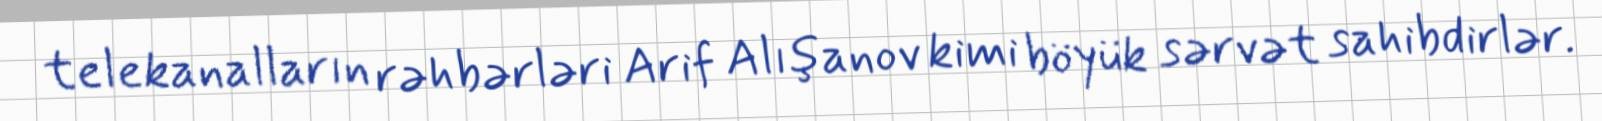
telekanalların rəhbərləri Arif Alışanov kimi böyük sərvət sahibdirlər.